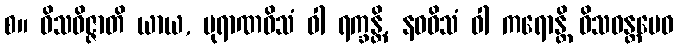
စ။ ဝိသဝိဇ္ဇာတိ ယာယ, ပုရာဏဝိသံ ဝါ ရက္ခန္တိ, နဝဝိသံ ဝါ ကရောန္တိ ဝိသဝန္တမေဝ